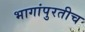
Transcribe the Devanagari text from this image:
भागांपुरतीच